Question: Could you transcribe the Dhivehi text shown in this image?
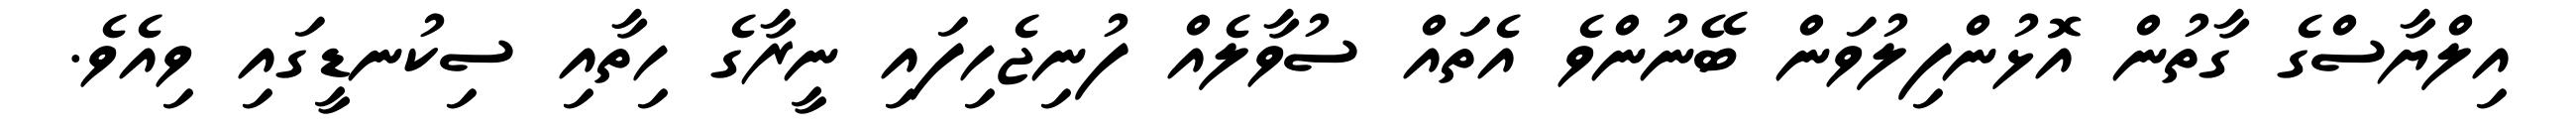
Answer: އިލްޔާސްގެ ގާތުން އޮޅުންފިލުވަން ބޭނުންވެ އެތައް ސުވާލެއް ފުނިޖެހިފައި ނީރާގެ ހިތާއި ސިކުނޑީގައި ވިއެވެ.